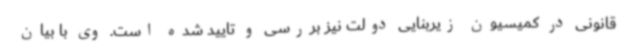
قانونی در کمیسیون زیربنایی دولت نیز بررسی و تایید شده است. وی با بیان